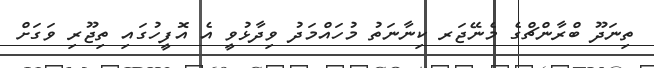
ތިނަދޫ ބްރާންޗްގެ މެނޭޖަރ ކިނާނަތު މުހައްމަދު ވިދާޅުވީ އެ އޮފީހުގައި ތިޖޫރި ވަގަށް